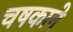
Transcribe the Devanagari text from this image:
चषकाने